Report of an investigation of the epidemic of malarial fever in Assam, or, kala-azar
Disease focus: Malaria
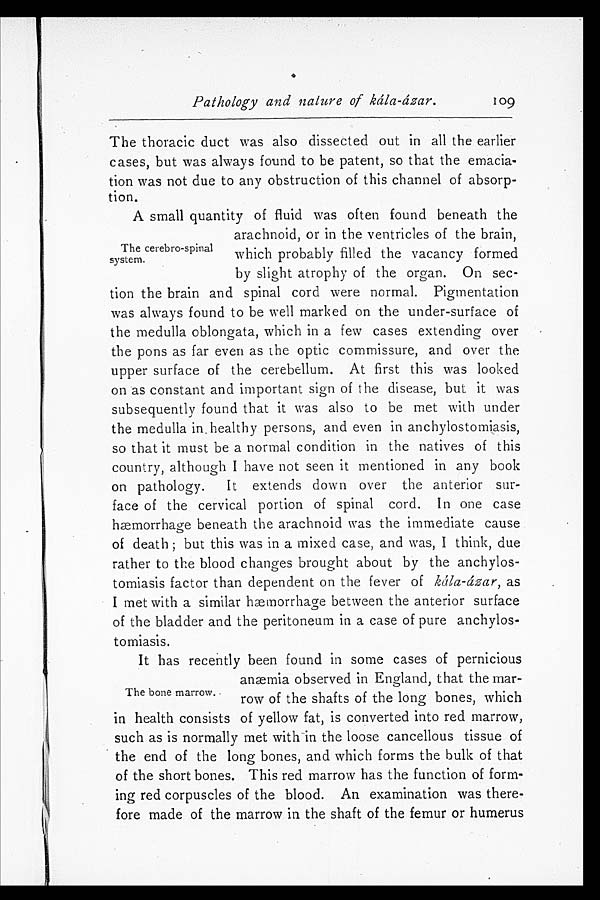
Pathology and nature of kála-ázar.
The thoracic duct was also dissected out in all the earlier
cases, but was always found to be patent, so that the emacia-
tion was not due to any obstruction of this channel of absorp
-tion.
The cerebro-spinal
system.
A small quantity of fluid was often found beneath the
arachnoid, or in the ventricles of the brain,
which probably filled the vacancy formed
by slight atrophy of the organ. On sec
-tion the brain and spinal cord were normal. Pigmentation
was always found to be well marked on the under-surface of
the medulla oblongata, which in a few cases extending over
the pons as far even as the optic commissure, and over the
upper surface of the cerebellum. At first this was looked
on as constant and important sign of the disease, but it was
subsequently found that it was also to be met with under
the medulla in healthy persons, and even in anchylostomiasis,
so that it must be a normal condition in the natives of this
country, although I have not seen it mentioned in any book
on pathology. It extends down over the anterior sur
-face of the cervical portion of spinal cord. In one case
hæmorrhage beneath the arachnoid was the immediate cause
of death; but this was in a mixed case, and was, I think, due
rather to the blood changes brought about by the anchylos
-tomiasis factor than dependent on the fever of kála-ázar, as
I met with a similar hæmrnorrhage between the anterior surface
of the bladder and the peritoneum in a case of pure anchylos
-tomiasis.
It has recently been found in some cases of pernicious
anæmia observed in England, that the mar-
row of the shafts of the long bones, which
in health consists of yellow fat, is converted into red marrow,
such as is normally met with in the loose cancellous tissue of
the end of the long bones, and which forms the bulk of that
of the short bones. This red marrow has the function of form-
ing red corpuscles of the blood. An examination was there-
fore made of the marrow in the shaft of the femur or humerus
109
The bone marrow.